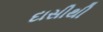
દાસીથી